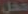
فعل